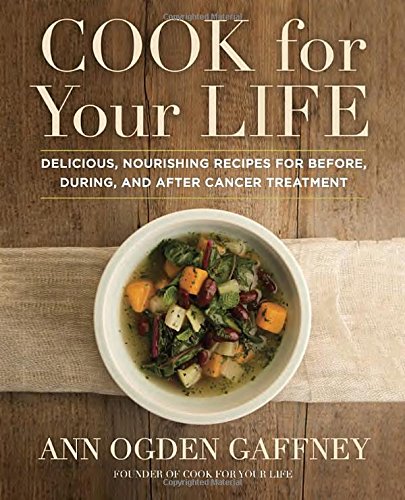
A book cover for Cook for Your Life: Delicious, Nourishing Recipes for Before, During, and After Cancer Treatment; Ann Ogden Gaffney; Cookbooks, Food & Wine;